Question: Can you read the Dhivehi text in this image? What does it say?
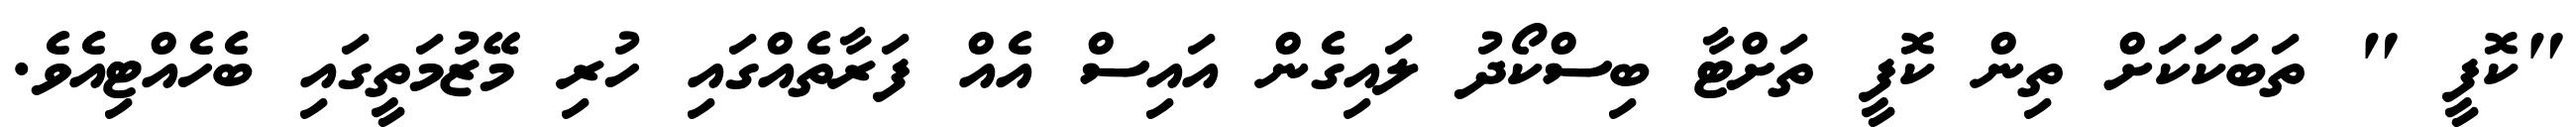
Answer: "ކޮފީ " ތަބަކަކަށް ތިން ކޮފީ ތަށްޓާ ބިސްކޯދު ލައިގެން އައިސް އެއް ފަރާތެއްގައި ހުރި މޭޒުމަތީގައި ބެހެއްޓިއެވެ.